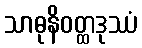
သာဓုနိဝတ္ထဒုဿံ